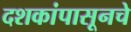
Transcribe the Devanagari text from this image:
दशकांपासूनचे